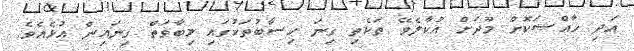
އަދި ޚާއްޞަކޮށް މޫދަށް އުކާލެވޭ ތަކެތި ގިނަ ހިސާބުތަކުގައި މިބާވަތް ގިނައިން އުޅެއެވެ.